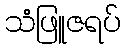
သံဖြူဇရပ်